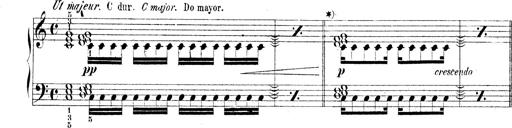
Title: Technische Studien
Composer: Franz Liszt